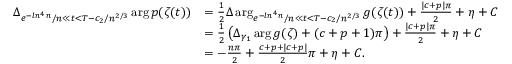
\begin{array} { r l } { \Delta _ { e ^ { - l n ^ { 4 } n } / n \ll t < T - c _ { 2 } / n ^ { 2 / 3 } } \arg p ( \zeta ( t ) ) } & { = \frac { 1 } { 2 } \Delta \arg _ { e ^ { - l n ^ { 4 } n } / n \ll t < T - c _ { 2 } / n ^ { 2 / 3 } } g ( \zeta ( t ) ) + \frac { | c + p | \pi } { 2 } + \eta + C } \\ & { = \frac { 1 } { 2 } \left( \Delta _ { \gamma _ { 1 } } \arg g ( \zeta ) + ( c + p + 1 ) \pi \right) + \frac { | c + p | \pi } { 2 } + \eta + C } \\ & { = - \frac { n \pi } { 2 } + \frac { c + p + | c + p | } { 2 } \pi + \eta + C . } \end{array}